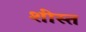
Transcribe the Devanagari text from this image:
शीस्त